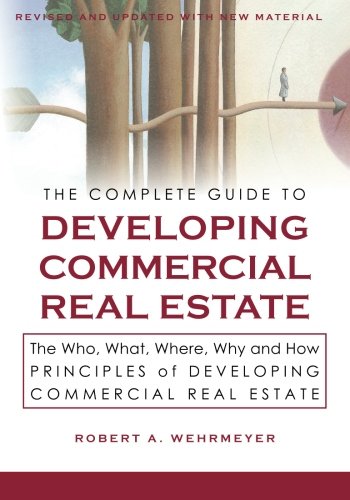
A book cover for The Complete Guide to Developing Commercial Real Estate: The Who, What, Where, Why, and How Principles of Developing Commercial Real Estate. Revised and Updated with new Material.; Robert A. Wehrmeyer; Business & Money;